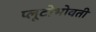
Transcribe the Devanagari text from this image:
प्लूटोभोवती